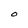
Character: O